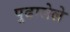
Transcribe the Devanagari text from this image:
पुढालेले